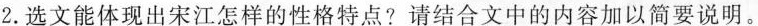
2.选文能体现出宋江怎样的性格特点?请结合文中的内容加以简要说明。